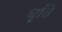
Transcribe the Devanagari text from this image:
घृति